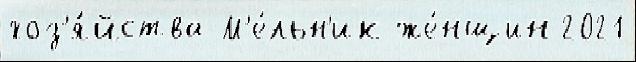
хоз'я́йства М'е́льн'ик же́нщин 2021